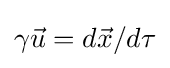
\gamma {\vec {u}}=d{\vec {x}}/d\tau